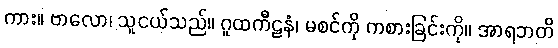
ကား။ ဗာလော၊ သူငယ်သည်။ ဂူထကီဠနံ၊ မစင်ကို ကစားခြင်းကို။ အာရဘတိ